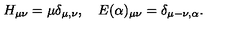
H _ { \mu \nu } = \mu \delta _ { \mu , \nu } , \quad E ( \alpha ) _ { \mu \nu } = \delta _ { \mu - \nu , \alpha } .